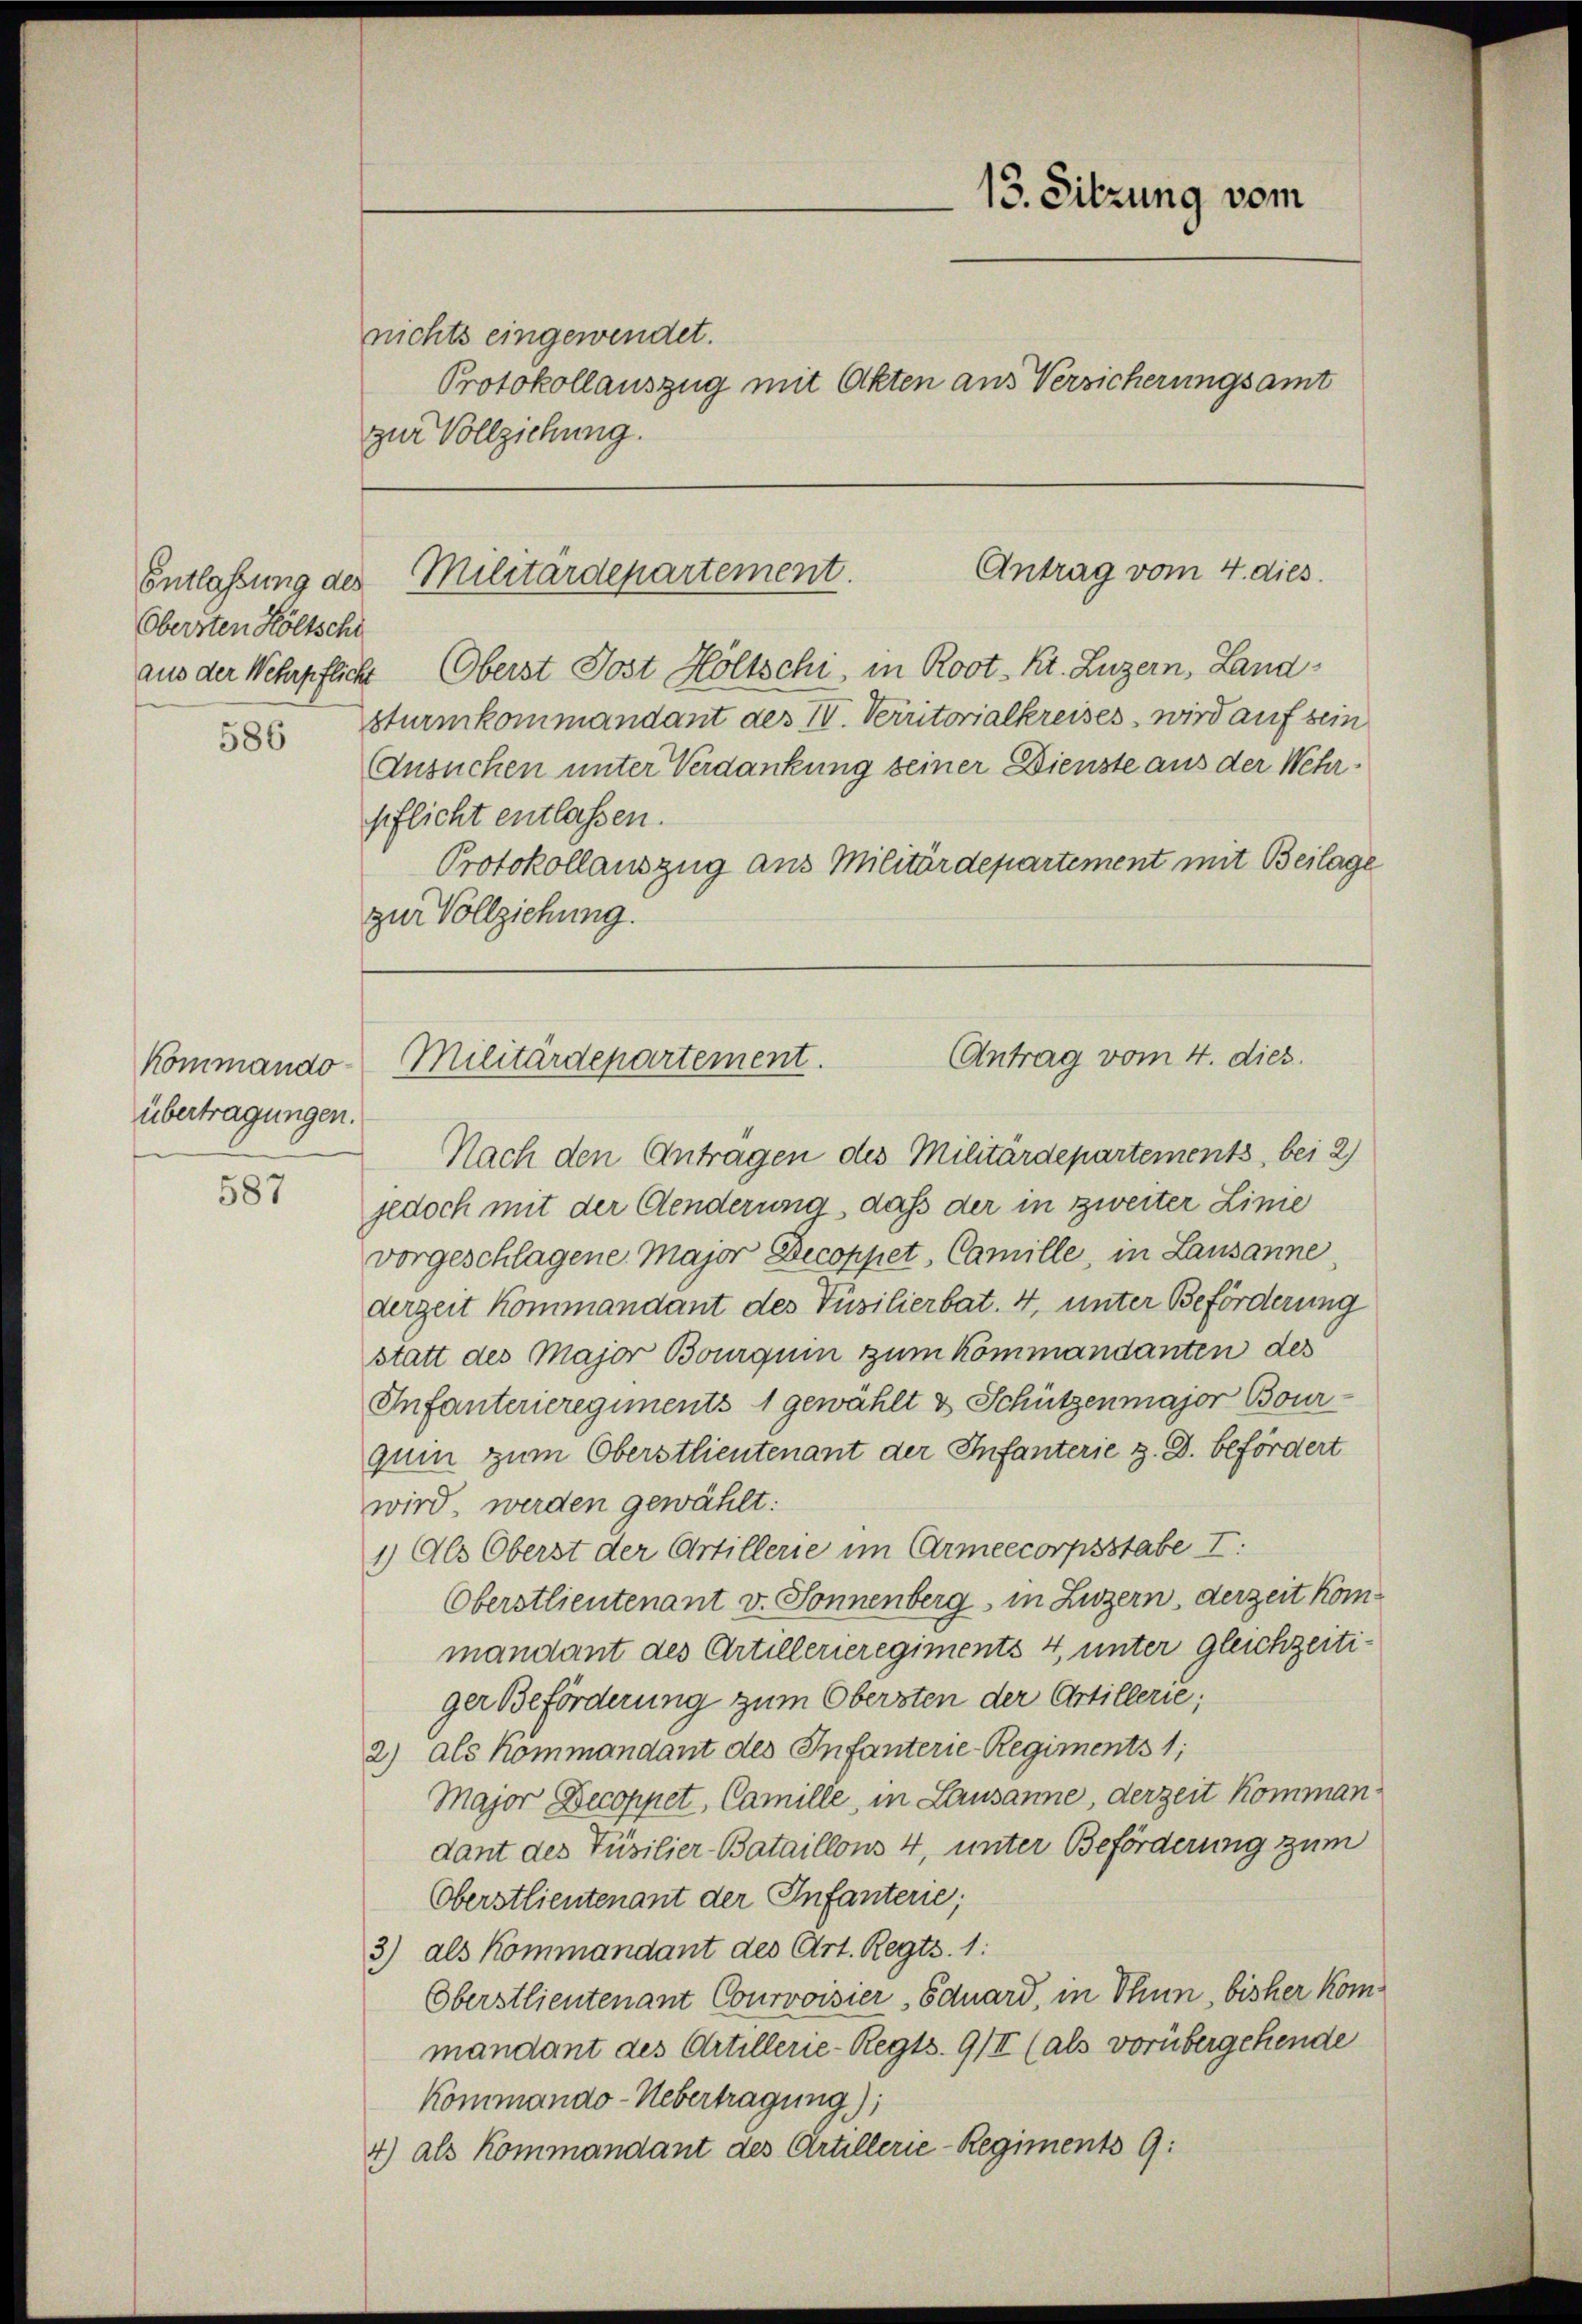
Entlassung des
Obersten Höltschi
aus der Wehrpflicht

586

Kommando
übertragungen.

587

nichts eingewendet.
Protokollauszug mit Akten aus Versicherungsamt
zur Vollziehung.

(Oberst Jost Höltschi, in Root- Kt. Luzern, Landsturmkommandant des IV. Verritorialkreises, wird auf sein
Ansuchen unter Verdankung seiner Dienste aus der Wehrpflicht entlassen.
Protokollauszug aus Militärdepartement mit Beilage
zur Vollziehung.

Nach den Antragen des Militärdepartements, bei 2)
jedoch mit der Aenderung, daß der in zweiter Lime
vorgeschlagene Major Decoppet, Camille, in Lausanne,
derzeit kommandant des Füsilierbat. 4, unter Beförderung
statt des Major Bourquin zum Kommandanten des
Infanteneregiments 1 gewählt & Schützenmajor Bour-
quin zum Oberstlieutenant der Infanterie z. B. befördert
wird, werden gewählt:
1) Als Oberst der Artillerie im Armeecorpsstabe I
Oberstlieutenant v. Sonnenberg, in Luzern, derzeit kommandant des Artillerieregiments 4, unter gleichzeiti-
ger Beförderung zum Obersten der Artillerie;
2) als Kommandant des Infanterie-Regiments 1
Major Decoppet, Camille, in Lausanne, derzeit Komman
dant des Füsilier-Bataillons 4, unter Beförderung zum
Oberstlieutenant der Infanterie;
3) als Kommandant des Art. Regts. 1:
Oberstlieutenant Courvoisier Eduard, in Thun, bisher kommandant des Artillerie-Regts. 9/II (als vorübergehende
Kommando-Uebertragung);
4) als Kommandant des Artillerie-Regiments 9:

13. Sitzung vom

Antrag vom 4. dies
Militärdepartement.

Antrag vom 4. dies.
Militärdepartement.